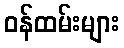
ဝန်ထမ်းများ